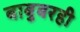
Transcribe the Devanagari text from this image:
बाबुबरही